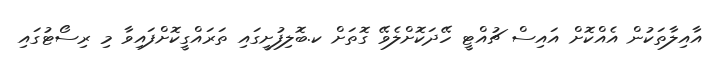
އާއިލާތަކުން އެއްކޮށް އައިސް ޗުއްޓީ ހޭދަކޮށްލެވޭ ގޮތަށް ކ.ބޮލިފުށީގައި ތަރައްގީކޮށްފައިވާ މި ރިސޯޓުގައި